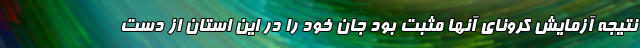
نتیجه آزمایش کرونای آنها مثبت بود جان خود را در این استان از دست